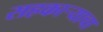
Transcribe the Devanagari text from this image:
सहकार्‍याचा